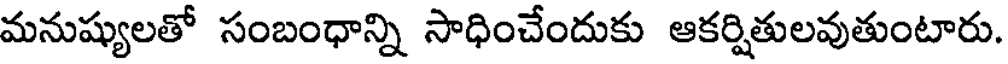
మనుష్యులతో సంబంధాన్ని సాధించేందుకు ఆకర్షితులవుతుంటారు.